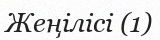
Жеңілісі (1)